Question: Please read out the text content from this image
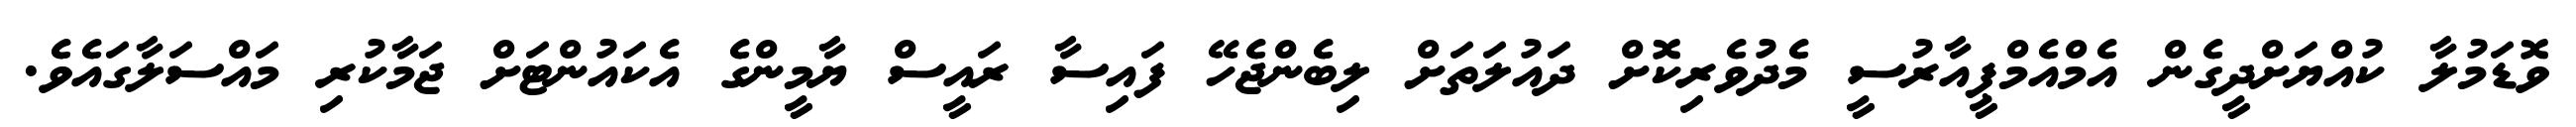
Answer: ވޮޑަމުލާ ކުއްޔަށްދީގެން އެމްއެމްޕީއާރުސީ މެދުވެރިކޮށް ދައުލަތަށް ލިބެންޖެހޭ ފައިސާ ރައީސް ޔާމީންގެ އެކައުންޓަށް ޖަމާކުރި މައްސަލާގައެވެ.